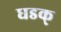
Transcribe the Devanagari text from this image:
धडक्